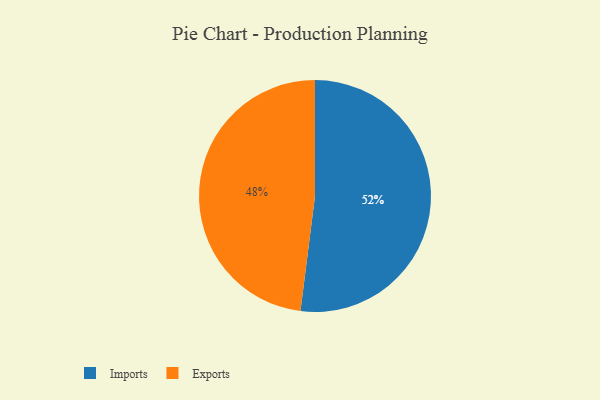
{"axis": {"x": "Category", "y": "Percentage"}, "legend": ["Exports", "Imports"], "data": [{"x": "Imports", "y": 52, "type": "Imports"}, {"x": "Exports", "y": 48, "type": "Exports"}]}